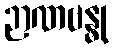
ဉာဏဗန္ဓု